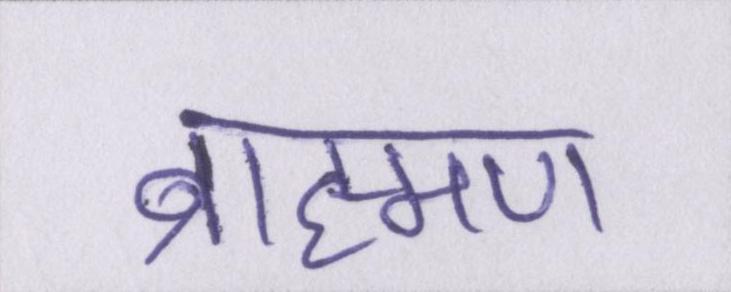
ब्राह्मण